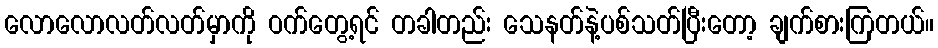
လောလောလတ်လတ်မှာကို ဝက်တွေ့ရင် တခါတည်း သေနတ်နဲ့ပစ်သတ်ပြီးတော့ ချက်စားကြတယ်။